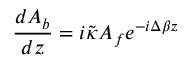
\frac { d A _ { b } } { d z } = i { \tilde { \kappa } } A _ { f } e ^ { - i \Delta \beta z }